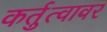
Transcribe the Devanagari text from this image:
कर्तुत्वावर